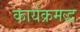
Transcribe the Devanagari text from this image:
कार्यक्रमद्ध